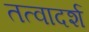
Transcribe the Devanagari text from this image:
तत्वादर्श